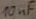
Text: 10nF